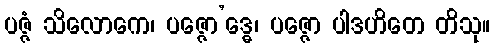
ပဇ္ဇံ သိလောကေ၊ ပဇ္ဇော’ဒ္ဓေ၊ ပဇ္ဇော ပါဒဟိတေ တိသု။